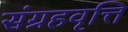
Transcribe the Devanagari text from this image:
संग्रहवृत्ति